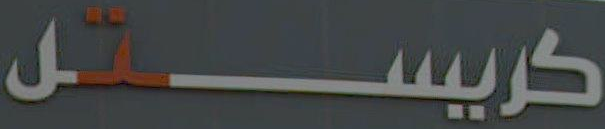
كريستل